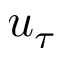
u _ { \tau }